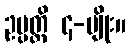
ဥပ္ပတ္တိ ၄-မျိုး။